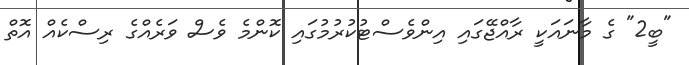
"ބީ2" ގެ މާނައަކީ ރާއްޖޭގައި އިންވެސްޓުކުރުމުގައި ކޮންމެ ވެސް ވަރެއްގެ ރިސްކެއް އޮތް